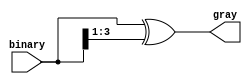
module b_to_g(binary,gray);
	input [3:0] binary ;
	output [3:0] gray ;
	
	assign gray = binary ^ binary >> 1 ;
	
endmodule